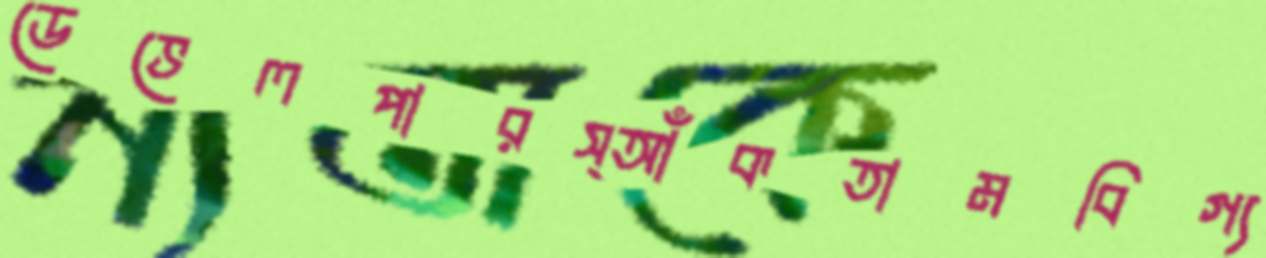
ডেভেলপারস্আঁকতামবিগ্য